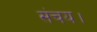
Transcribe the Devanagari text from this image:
संचय।